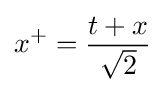
x^{+}={\frac {t+x}{\sqrt {2}}}